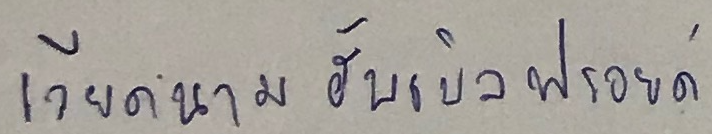
เวียดนามฮับเบิลฟรอยด์